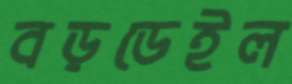
বড়ডেইল